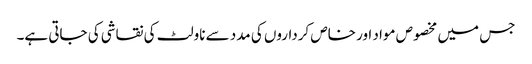
جس میں مخصوص مواد اور خاص کرداروں کی مدد سے ناولٹ کی نقاشی کی جاتی ہے۔